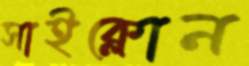
সাইক্লোন